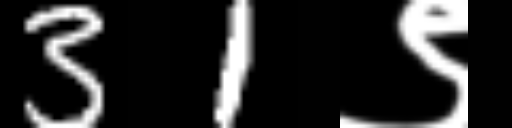
Text: 31९